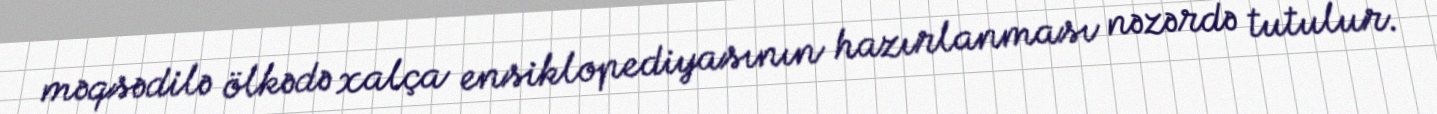
məqsədilə ölkədə xalça ensiklopediyasının hazırlanması nəzərdə tutulur.